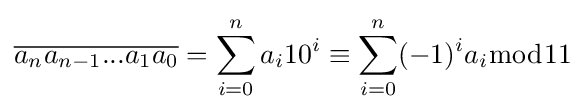
{\overline {a_{n}a_{n-1}...a_{1}a_{0}}}=\sum _{i=0}^{n}a_{i}10^{i}\equiv \sum _{i=0}^{n}(-1)^{i}a_{i}{\bmod {1}}1